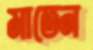
মাতেন